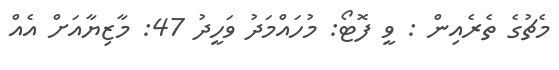
މެޗުގެ ތެރެއިން : ވީ ފޮޓޯ: މުހައްމަދު ވަހީދު 47: މާޒިޔާއަށް އެއް